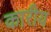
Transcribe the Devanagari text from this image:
कारीय